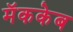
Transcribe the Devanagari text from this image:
मॅककेब